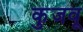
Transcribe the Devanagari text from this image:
कुजवू